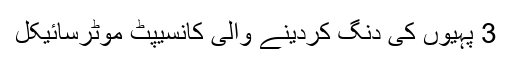
3 پہیوں کی دنگ کردینے والی کانسیپٹ موٹرسائیکل